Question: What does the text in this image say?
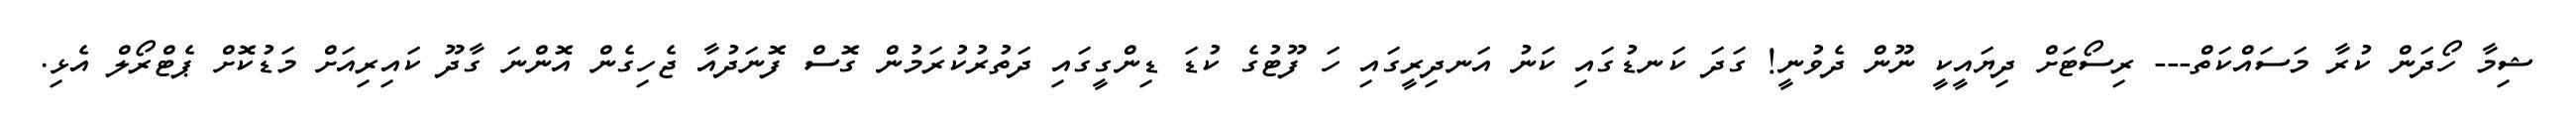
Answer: ޝިމާ ހޯދަން ކުރާ މަސައްކަތް--- ރިސޯޓަށް ދިޔައީކީ ނޫން ދެވުނީ! ގަދަ ކަނޑުގައި ކަނު އަނދިރީގައި ހަ ފޫޓުގެ ކުޑަ ޑިންގީގައި ދަތުރުކުރަމުން ގޮސް ފޮނަދުއާ ޖެހިގެން އޮންނަ ގާދޫ ކައިރިއަށް މަޑުކޮށް ޕެޓްރޯލް އެޅި.